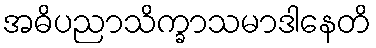
အဓိပညာသိက္ခာသမာဒါနေတိ